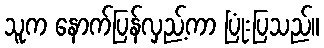
သူက နောက်ပြန်လှည့်ကာ ပြုံးပြသည်။